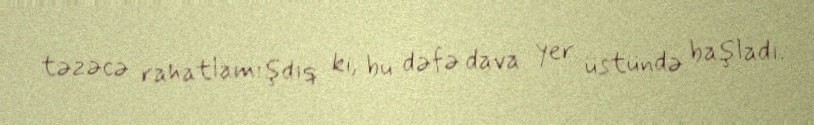
təzəcə rahatlamışdıq ki, bu dəfə dava yer üstündə başladı.